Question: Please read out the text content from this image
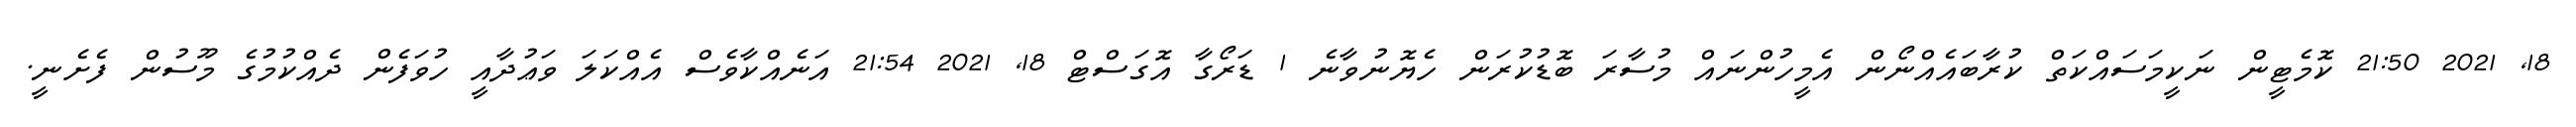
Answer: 18, 2021 21:50 ކޮމެޓީން ނަކީމަސައްކަތް ކުރާބައެއްނޯން އެމީހުންނައް މުސާރަ ބޮޑުކުރަން ހެޔޮނުވާނެ 1 ޑަރޯގާ އޮގަސްޓް 18, 2021 21:54 އަނެއްކާވެސް އެއްކަލަ ވަޢުދާއީ ހުވަފެން ދެއްކުމުގެ މޫސުން ފެށެނީ.